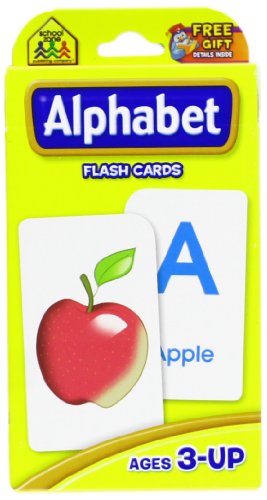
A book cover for Alphabet Flash Cards; Children's Books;